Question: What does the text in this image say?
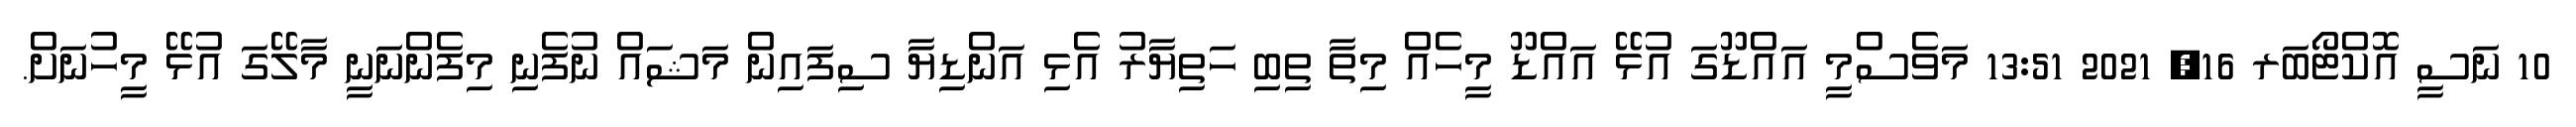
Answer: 10 ނަސީ އޮކްޓޯބަރ 16, 2021 13:51 މަވެސްމީ އައްޑޫގަ އުޅޭ އައްޑޫ މީހެއް މިތާ ތިބި ހަތިޔާރު އެޅި އަންޑިޔާ ސިފައިން މަޝައް ނުފެނި މިފެންނަނީ މާލޭގަ އުޅޭ މީހުނަށް.